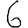
Digit: 6